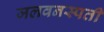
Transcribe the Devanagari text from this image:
जलवनस्पती